Vaccination report Assam 1896-1927 - 1896-1927
Year: 1896
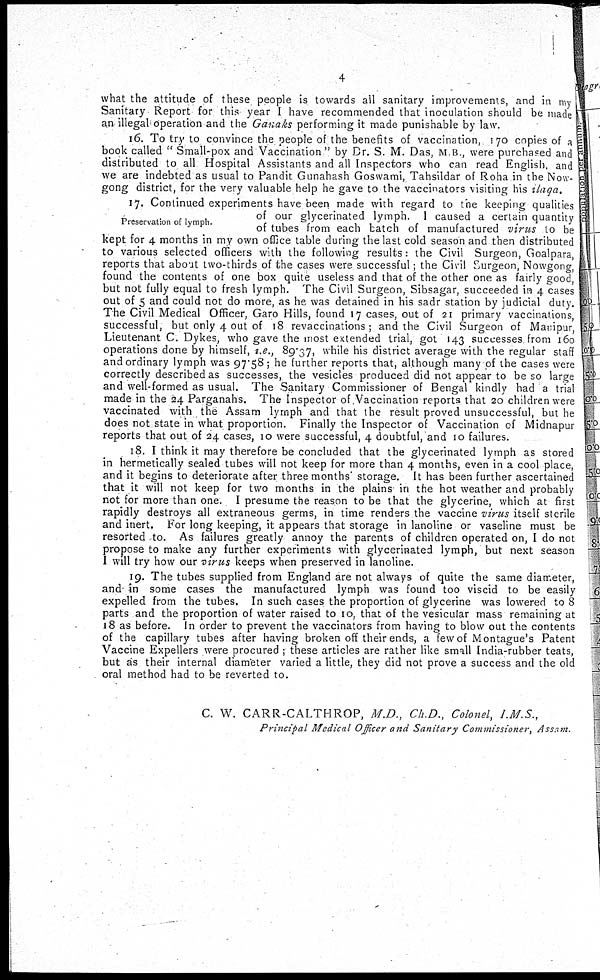
4
what the attitude of these people is towards all sanitary improvements, and in my
Sanitary Report for this year I have recommended that inoculation should be made
an illegal operation and the Ganaks performing it made punishable by law.
16. To try to convince the people of the benefits of vaccination, 170 copies of a
book called " Small-pox and Vaccination" by Dr. S. M. Das, M.B., were purchased and
distributed to all Hospital Assistants and all Inspectors who can read English, and
we are indebted as usual to Pandit Gunahash Goswami, Tahsildar of Roha in the Now-
gong district, for the very valuable help he gave to the vaccinators visiting his ilaqa.
Preservation of lymph.
17. Continued experiments have been made with regard to the keeping qualities
of our glycerinated lymph. I caused a certain quantity
of tubes from each batch of manufactured virus to be
kept for 4 months in my own office table during the last cold season and then distributed
to various selected officers with the following results: the Civil Surgeon, Goalpara,
reports that about two-thirds of the cases were successful; the Civil Surgeon, Nowgong,
found the contents of one box quite useless and that of the other one as fairly good,
but not fully equal to fresh lymph. The Civil Surgeon, Sibsagar, succeeded in 4 cases
out of 5 and could not do more, as he was detained in his sadr station by judicial duty.
The Civil Medical Officer, Garo Hills, found 17 cases, out of 21 primary vaccinations,
successful, but only 4 out of 18 revaccinations ; and the Civil Surgeon of Manipur,
Lieutenant C. Dykes, who gave the most extended trial, got 143 successes from 160
operations done by himself, i.e., 89.37, while his district average with the regular staff
and ordinary lymph was 97.58; he further reports that, although many of the cases were
correctly described as successes, the vesicles produced did not appear to be so large
and well-formed as usual. The Sanitary Commissioner of Bengal kindly had a trial
made in the 24 Parganahs. The Inspector of Vaccination reports that 20 children were
vaccinated with the Assam lymph and that the result proved unsuccessful, but he
does not state in what proportion. Finally the Inspector of Vaccination of Midnapur
reports that out of 24 cases, 10 were successful, 4 doubtful,and 10 failures.
18. I think it may therefore be concluded that the glycerinated lymph as stored
in hermetically sealed tubes will not keep for more than 4 months, even in a cool place,
and it begins to deteriorate after three months' storage. It has been further ascertained
that it will not keep for two months in the plains in the hot weather and probably
not for more than one. I presume the reason to be that the glycerine, which at first
rapidly destroys all extraneous germs, in time renders the vaccine virus itself sterile
and inert. For long keeping, it appears that storage in lanoline or vaseline must be
resorted to. As failures greatly annoy the parents of children operated on, I do not
propose to make any further experiments with glycerinated lymph, but next season
I will try how our virus keeps when preserved in lanoline.
19. The tubes supplied from England are not always of quite the same diameter,
and- in some cases the manufactured lymph was found too viscid to be easily
expelled from the tubes. In such cases the proportion of glycerine was lowered to 8
parts and the proportion of water raised to 10, that of the vesicular mass remaining at
18 as before. In order to prevent the vaccinators from having to blow out the contents
of the capillary tubes after having broken off their ends, a few of Montague's Patent
Vaccine Expellers were procured ; these articles are rather like small India-rubber teats,
but as their internal diameter varied a little, they did not prove a success and the old
oral method had to be reverted to.
C. W. CARR-CALTHROP, M.D., Ch.D.,
Colonel,I.M.S.,
Principal Medical Officer and Sanitary Commissioner,
Assam.